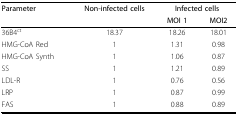
| Parameter | Non-infected cells | <COLSPAN=2> Infected cells |
 |  |  | MOI 1 | MOI2 |
 | --- | --- | --- | --- |
 | 36B4ct | 18.37 | 18.26 | 18.01 |
 | HMG-CoA Red | 1 | 1.31 | 0.98 |
 | HMG-CoA Synth | 1 | 1.06 | 0.87 |
 | SS | 1 | 1.21 | 0.89 |
 | LDL-R | 1 | 0.76 | 0.56 |
 | LRP | 1 | 0.87 | 0.99 |
 | FAS | 1 | 0.88 | 0.89 |